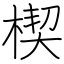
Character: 楔